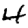
Digit: 4